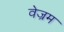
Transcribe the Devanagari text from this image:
वेज्रम